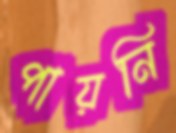
পায়নি